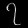
Digit: ၇